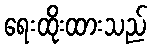
ရေးထိုးထားသည်